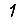
Digit: 1